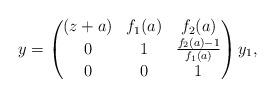
LaTeX: \begin{gather*}y=\left(\begin{matrix}(z+a)&f_1(a)&f_2(a)\\0&1&\frac{f_2(a)-1}{f_1(a)}\\0&0&1\end{matrix}\right)y_1,\end{gather*}